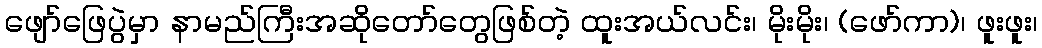
ဖျော်ဖြေပွဲမှာ နာမည်ကြီးအဆိုတော်တွေဖြစ်တဲ့ ထူးအယ်လင်း၊ မိုးမိုး၊ (ဖော်ကာ)၊ ဖူးဖူး၊